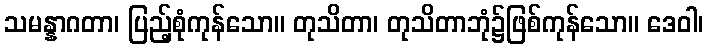
သမန္နာဂတာ၊ ပြည့်စုံကုန်သော။ တုသိတာ၊ တုသိတာဘုံ၌ဖြစ်ကုန်သော။ ဒေဝါ၊